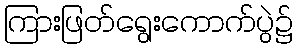
ကြားဖြတ်ရွေးကောက်ပွဲ၌